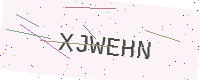
Text: XJWEHN